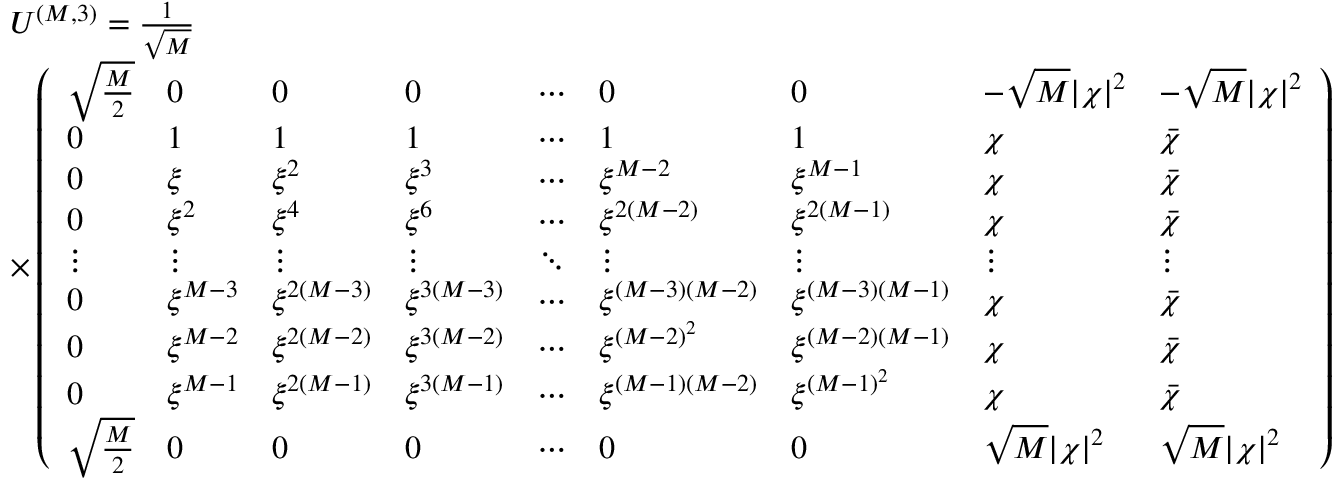
\begin{array} { r l } & { U ^ { ( M , 3 ) } = \frac { 1 } { \sqrt { M } } } \\ & { \times \left( \begin{array} { l l l l l l l l l } { \sqrt { \frac { M } { 2 } } } & { 0 } & { 0 } & { 0 } & { \cdots } & { 0 } & { 0 } & { - \sqrt { M } | \chi | ^ { 2 } } & { - \sqrt { M } | \chi | ^ { 2 } } \\ { 0 } & { 1 } & { 1 } & { 1 } & { \cdots } & { 1 } & { 1 } & { \chi } & { \bar { \chi } } \\ { 0 } & { \xi } & { \xi ^ { 2 } } & { \xi ^ { 3 } } & { \cdots } & { \xi ^ { M - 2 } } & { \xi ^ { M - 1 } } & { \chi } & { \bar { \chi } } \\ { 0 } & { \xi ^ { 2 } } & { \xi ^ { 4 } } & { \xi ^ { 6 } } & { \cdots } & { \xi ^ { 2 ( M - 2 ) } } & { \xi ^ { 2 ( M - 1 ) } } & { \chi } & { \bar { \chi } } \\ { \vdots } & { \vdots } & { \vdots } & { \vdots } & { \ddots } & { \vdots } & { \vdots } & { \vdots } & { \vdots } \\ { 0 } & { \xi ^ { M - 3 } } & { \xi ^ { 2 ( M - 3 ) } } & { \xi ^ { 3 ( M - 3 ) } } & { \cdots } & { \xi ^ { ( M - 3 ) ( M - 2 ) } } & { \xi ^ { ( M - 3 ) ( M - 1 ) } } & { \chi } & { \bar { \chi } } \\ { 0 } & { \xi ^ { M - 2 } } & { \xi ^ { 2 ( M - 2 ) } } & { \xi ^ { 3 ( M - 2 ) } } & { \cdots } & { \xi ^ { ( M - 2 ) ^ { 2 } } } & { \xi ^ { ( M - 2 ) ( M - 1 ) } } & { \chi } & { \bar { \chi } } \\ { 0 } & { \xi ^ { M - 1 } } & { \xi ^ { 2 ( M - 1 ) } } & { \xi ^ { 3 ( M - 1 ) } } & { \cdots } & { \xi ^ { ( M - 1 ) ( M - 2 ) } } & { \xi ^ { ( M - 1 ) ^ { 2 } } } & { \chi } & { \bar { \chi } } \\ { \sqrt { \frac { M } { 2 } } } & { 0 } & { 0 } & { 0 } & { \cdots } & { 0 } & { 0 } & { \sqrt { M } | \chi | ^ { 2 } } & { \sqrt { M } | \chi | ^ { 2 } } \end{array} \right) } \end{array}